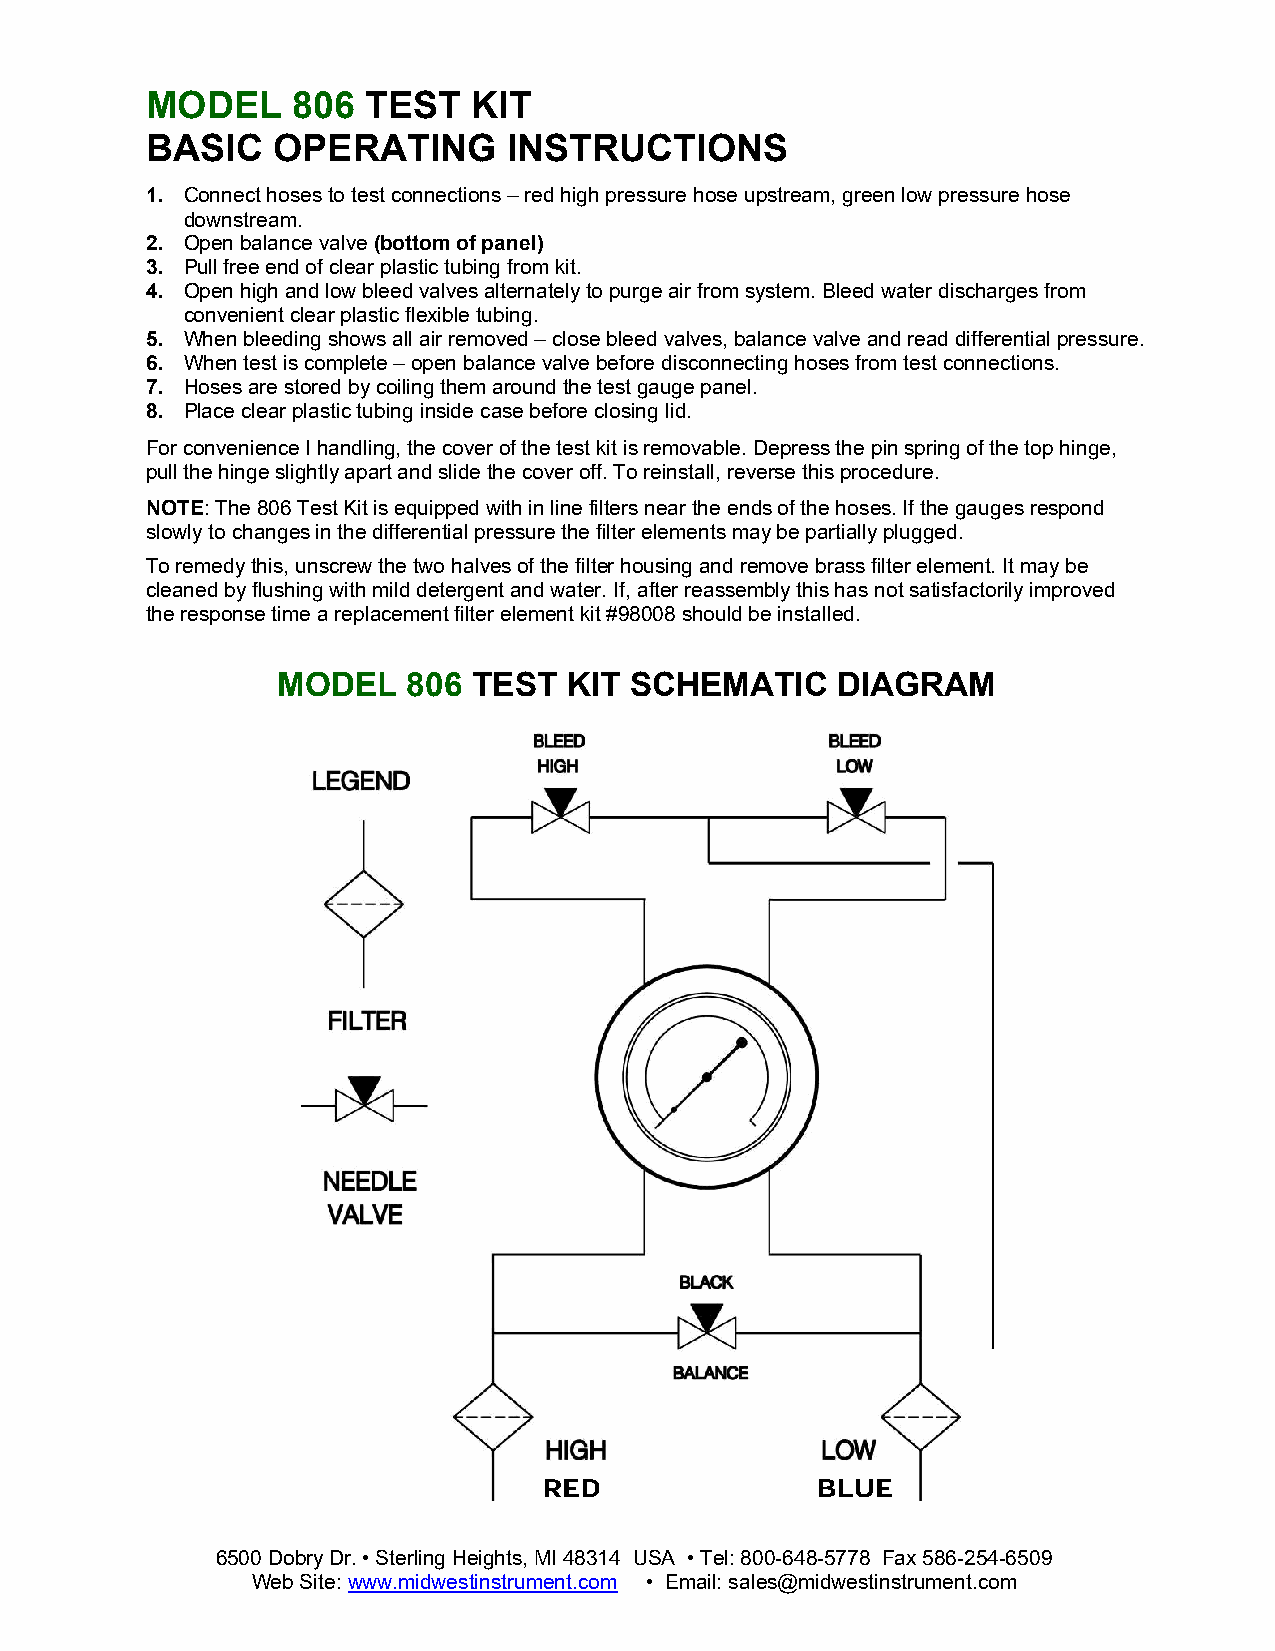
MODEL    806  TEST   KIT
 BASIC   OPERATING       INSTRUCTIONS
 1. Connect hoses to test connections – red high pressure hose upstream, green low pressure hose
 downstream.
 2. Open balance valve (bottom of panel)
 3. Pull free end of clear plastic tubing from kit.
 4. Open high and low bleed valves alternately to purge air from system. Bleed water discharges from
 convenient clear plastic flexible tubing.
 5. When bleeding shows all air removed – close bleed valves, balance valve and read differential pressure.
 6. When test is complete – open balance valve before disconnecting hoses from test connections.
 7. Hoses are stored by coiling them around the test gauge panel.
 8. Place clear plastic tubing inside case before closing lid.
 For convenience I handling, the cover of the test kit is removable. Depress the pin spring of the top hinge,
 pull the hinge slightly apart and slide the cover off. To reinstall, reverse this procedure.
 NOTE: The 806 Test Kit is equipped with in line filters near the ends of the hoses. If the gauges respond
 slowly to changes in the differential pressure the filter elements may be partially plugged.
 To remedy this, unscrew the two halves of the filter housing and remove brass filter element. It may be
 cleaned by flushing with mild detergent and water. If, after reassembly this has not satisfactorily improved
 the response time a replacement filter element kit #98008 should be installed.
 MODEL    806 TEST   KIT SCHEMATIC    DIAGRAM
 RED               BLUE
 6500 Dobry Dr. • Sterling Heights, MI 48314 USA • Tel: 800-648-5778 Fax 586-254-6509
 Web Site: www.midwestinstrument.com • Email: sales@midwestinstrument.com